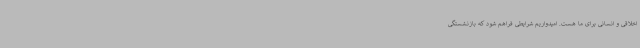
اخلاقی و انسانی برای ما هست. امیدواریم شرایطی فراهم شود که بازنشستگی